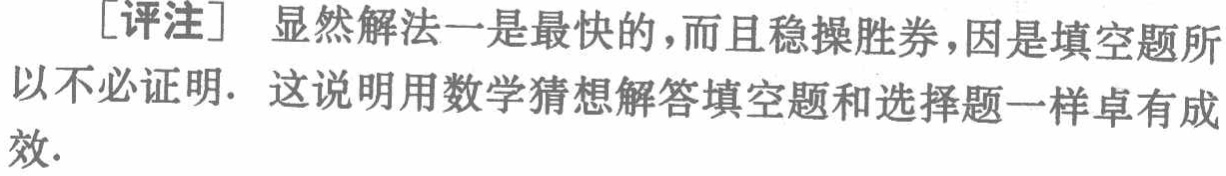
[评注] 显然解法一是最快的，而且稳操胜券，因是填空题所以不必证明. 这说明用数学猜想解答填空题和选择题一样卓有成效.